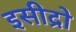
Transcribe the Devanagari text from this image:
इसीद्रो